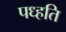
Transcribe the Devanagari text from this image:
पध्हति